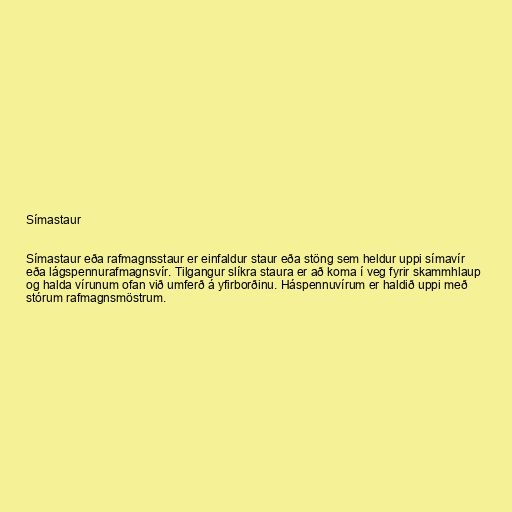
Símastaur

Símastaur eða rafmagnsstaur er einfaldur staur eða stöng sem heldur uppi símavír
eða lágspennurafmagnsvír. Tilgangur slíkra staura er að koma í veg fyrir skammhlaup
og halda vírunum ofan við umferð á yfirborðinu. Háspennuvírum er haldið uppi með
stórum rafmagnsmöstrum.